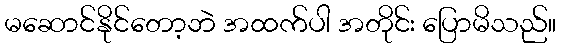
မဆောင်နိုင်တော့ဘဲ အထက်ပါ အတိုင်း ပြောမိသည်။